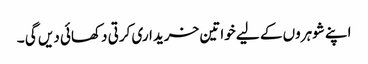
اپنے شوہروں کے لیے خواتین خریداری کرتی دکھائی دیں گی ۔